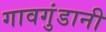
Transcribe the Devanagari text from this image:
गावगुंडानी